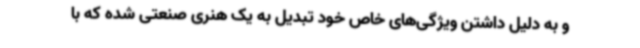
و به دلیل داشتن ویژگی‌های خاص خود تبدیل به یک هنری صنعتی شده که با